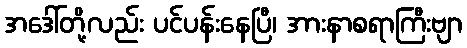
အဒေါ်တို့လည်း ပင်ပန်းနေပြီ၊ အားနာစရာကြီးဗျာ